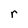
Character: r